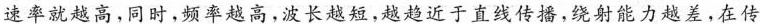
速率就越高，同时，频率越高，波长越短，越趋近于直线传播，绕射能力越差，在传